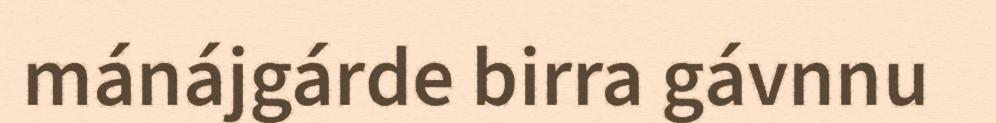
mánájgárde birra gávnnu